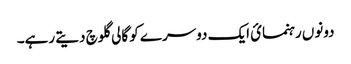
دونوں رہنمائ ایک دوسرے کو گالی گلوچ دیتے رہے۔